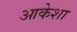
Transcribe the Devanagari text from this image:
आकेशा